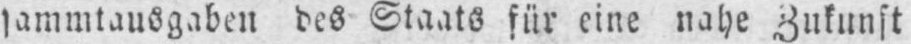
sammtausgaben des Staats für eine nahe Zukunft